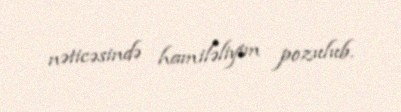
nəticəsində hamiləliyim pozulub.